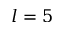
l = 5